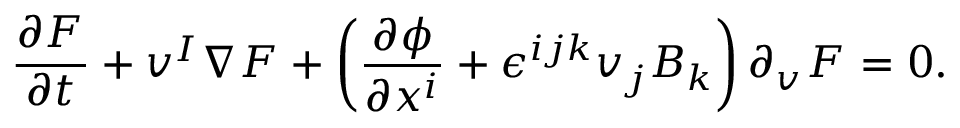
\frac { \partial F _ { } ^ { } } { \partial t } + v ^ { I } \nabla F _ { } ^ { } + \left( \frac { \partial \phi } { \partial x ^ { i } } + \epsilon ^ { i j k } v _ { j } B _ { k } \right) \partial _ { v ^ { } } F _ { } ^ { } = 0 .